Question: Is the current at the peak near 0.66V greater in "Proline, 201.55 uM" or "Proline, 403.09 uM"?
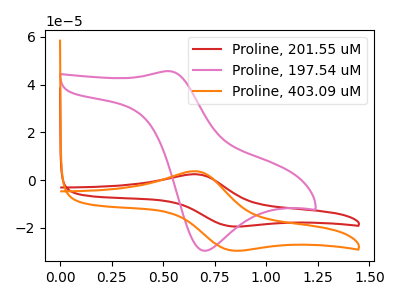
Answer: <think>The red curve "Proline, 201.55 uM" has an anodic peak at (0.65V, 2.40uA) and a cathodic peak at (0.85V, -19.35uA). The pink curve "Proline, 197.54 uM" has an anodic peak at (0.55V, 45.65uA) and a cathodic peak at (0.70V, -29.65uA). The orange curve "Proline, 403.09 uM" has an anodic peak at (0.65V, 3.65uA) and a cathodic peak at (0.85V, -29.45uA).</think>
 <answer>The peak at 0.66V is lower in "Proline, 201.55 uM" than in "Proline, 403.09 uM".</answer>
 <eval>lower</eval>